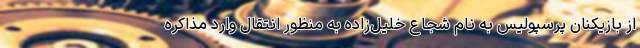
از بازیکنان پرسپولیس به نام شجاع خلیل‌زاده به منظور انتقال وارد مذاکره